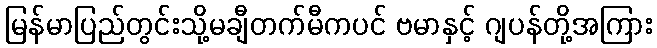
မြန်မာပြည်တွင်းသို့မချီတက်မီကပင် ဗမာနှင့် ဂျပန်တို့အကြား